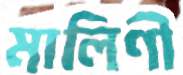
মালিণী